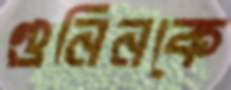
গুনিনকে